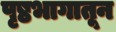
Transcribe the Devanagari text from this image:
पृष्ठभागातून